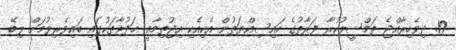
19. ދިވެހިރާއްޖެ ތަމްސީލުކުރާ ފަރާތުގެ ހައިސިއްޔަތުން އެކިއެކި އިޖުތިމާޢީ ޙަފުލާތަކުގައި ބައިވެރިވުމަށް ލިބޭ